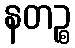
နတဉ္စ